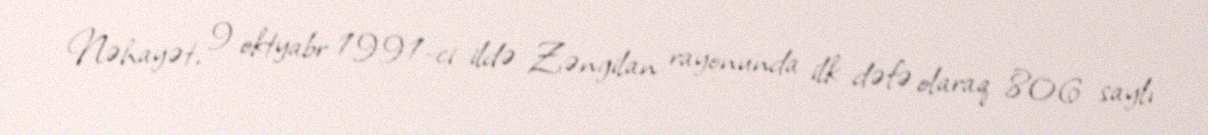
Nəhayət, 9 oktyabr 1991-ci ildə Zəngilan rayonunda ilk dəfə olaraq 806 saylı